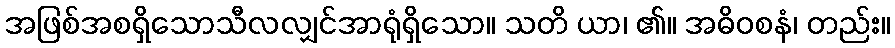
အဖြစ်အစရှိသောသီလလျှင်အာရုံရှိသော။ သတိ ယာ၊ ၏။ အဓိဝစနံ၊ တည်း။